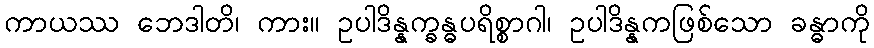
ကာယဿ ဘေဒါတိ၊ ကား။ ဥပါဒိန္နက္ခန္ဓပရိစ္စာဂါ၊ ဥပါဒိန္နကဖြစ်သော ခန္ဓာကို